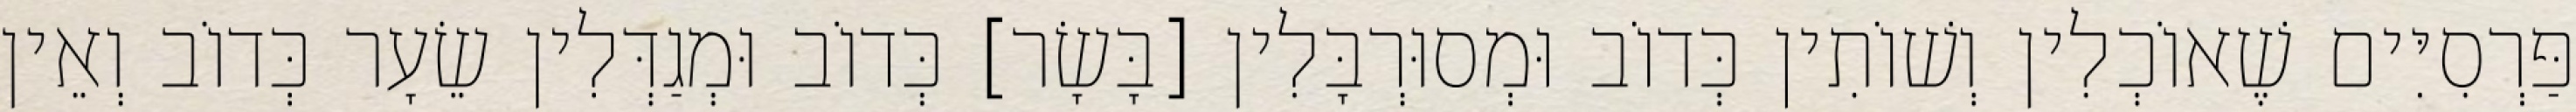
פַּרְסִיִּים שֶׁאוֹכְלִין וְשׁוֹתִין כְּדוֹב וּמְסוּרְבָּלִין [בָּשָׂר] כְּדוֹב וּמְגַדְּלִין שֵׂעָר כְּדוֹב וְאֵין